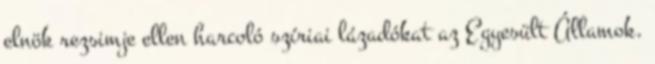
elnök rezsimje ellen harcoló szíriai lázadókat az Egyesült Államok.